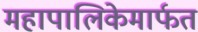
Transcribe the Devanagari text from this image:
महापालिकेमार्फत